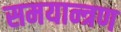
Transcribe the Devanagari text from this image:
समयान्त्रण